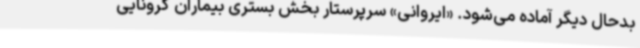
بدحال دیگر آماده می‌شود. «ایروانی» سرپرستار بخش بستری بیماران کرونایی